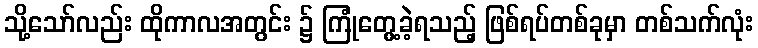
သို့သော်လည်း ထိုကာလအတွင်း ၌ ကြုံတွေ့ခဲ့ရသည့် ဖြစ်ရပ်တစ်ခုမှာ တစ်သက်လုံး